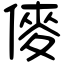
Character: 𠍅